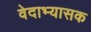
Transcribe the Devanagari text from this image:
वेदाभ्यासक